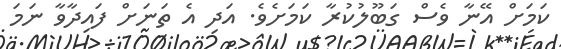
ކަމަށް އޭނާ ވެސް ގަބޫލުކުރާ ކަމަށެެވެ. އަދި އެ ތަނަށް ފައިދާވާ ނަމަ